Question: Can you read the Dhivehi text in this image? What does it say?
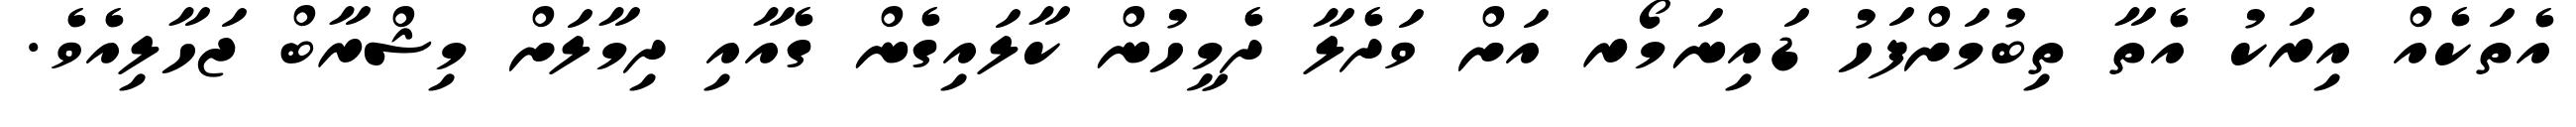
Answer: އެތަކެއް އިރަކު އެތާ ތިބުމަށްފަހު ޑައިނަމޯރ އަށް ވަދެލާ ދެމީހުން ކާލައިގެން ގެއާއި ދިމާލަށް މިޝްރާބް ޖަހާލިއެވެ.